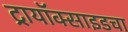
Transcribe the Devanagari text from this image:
ट्रायॉक्साइडचा